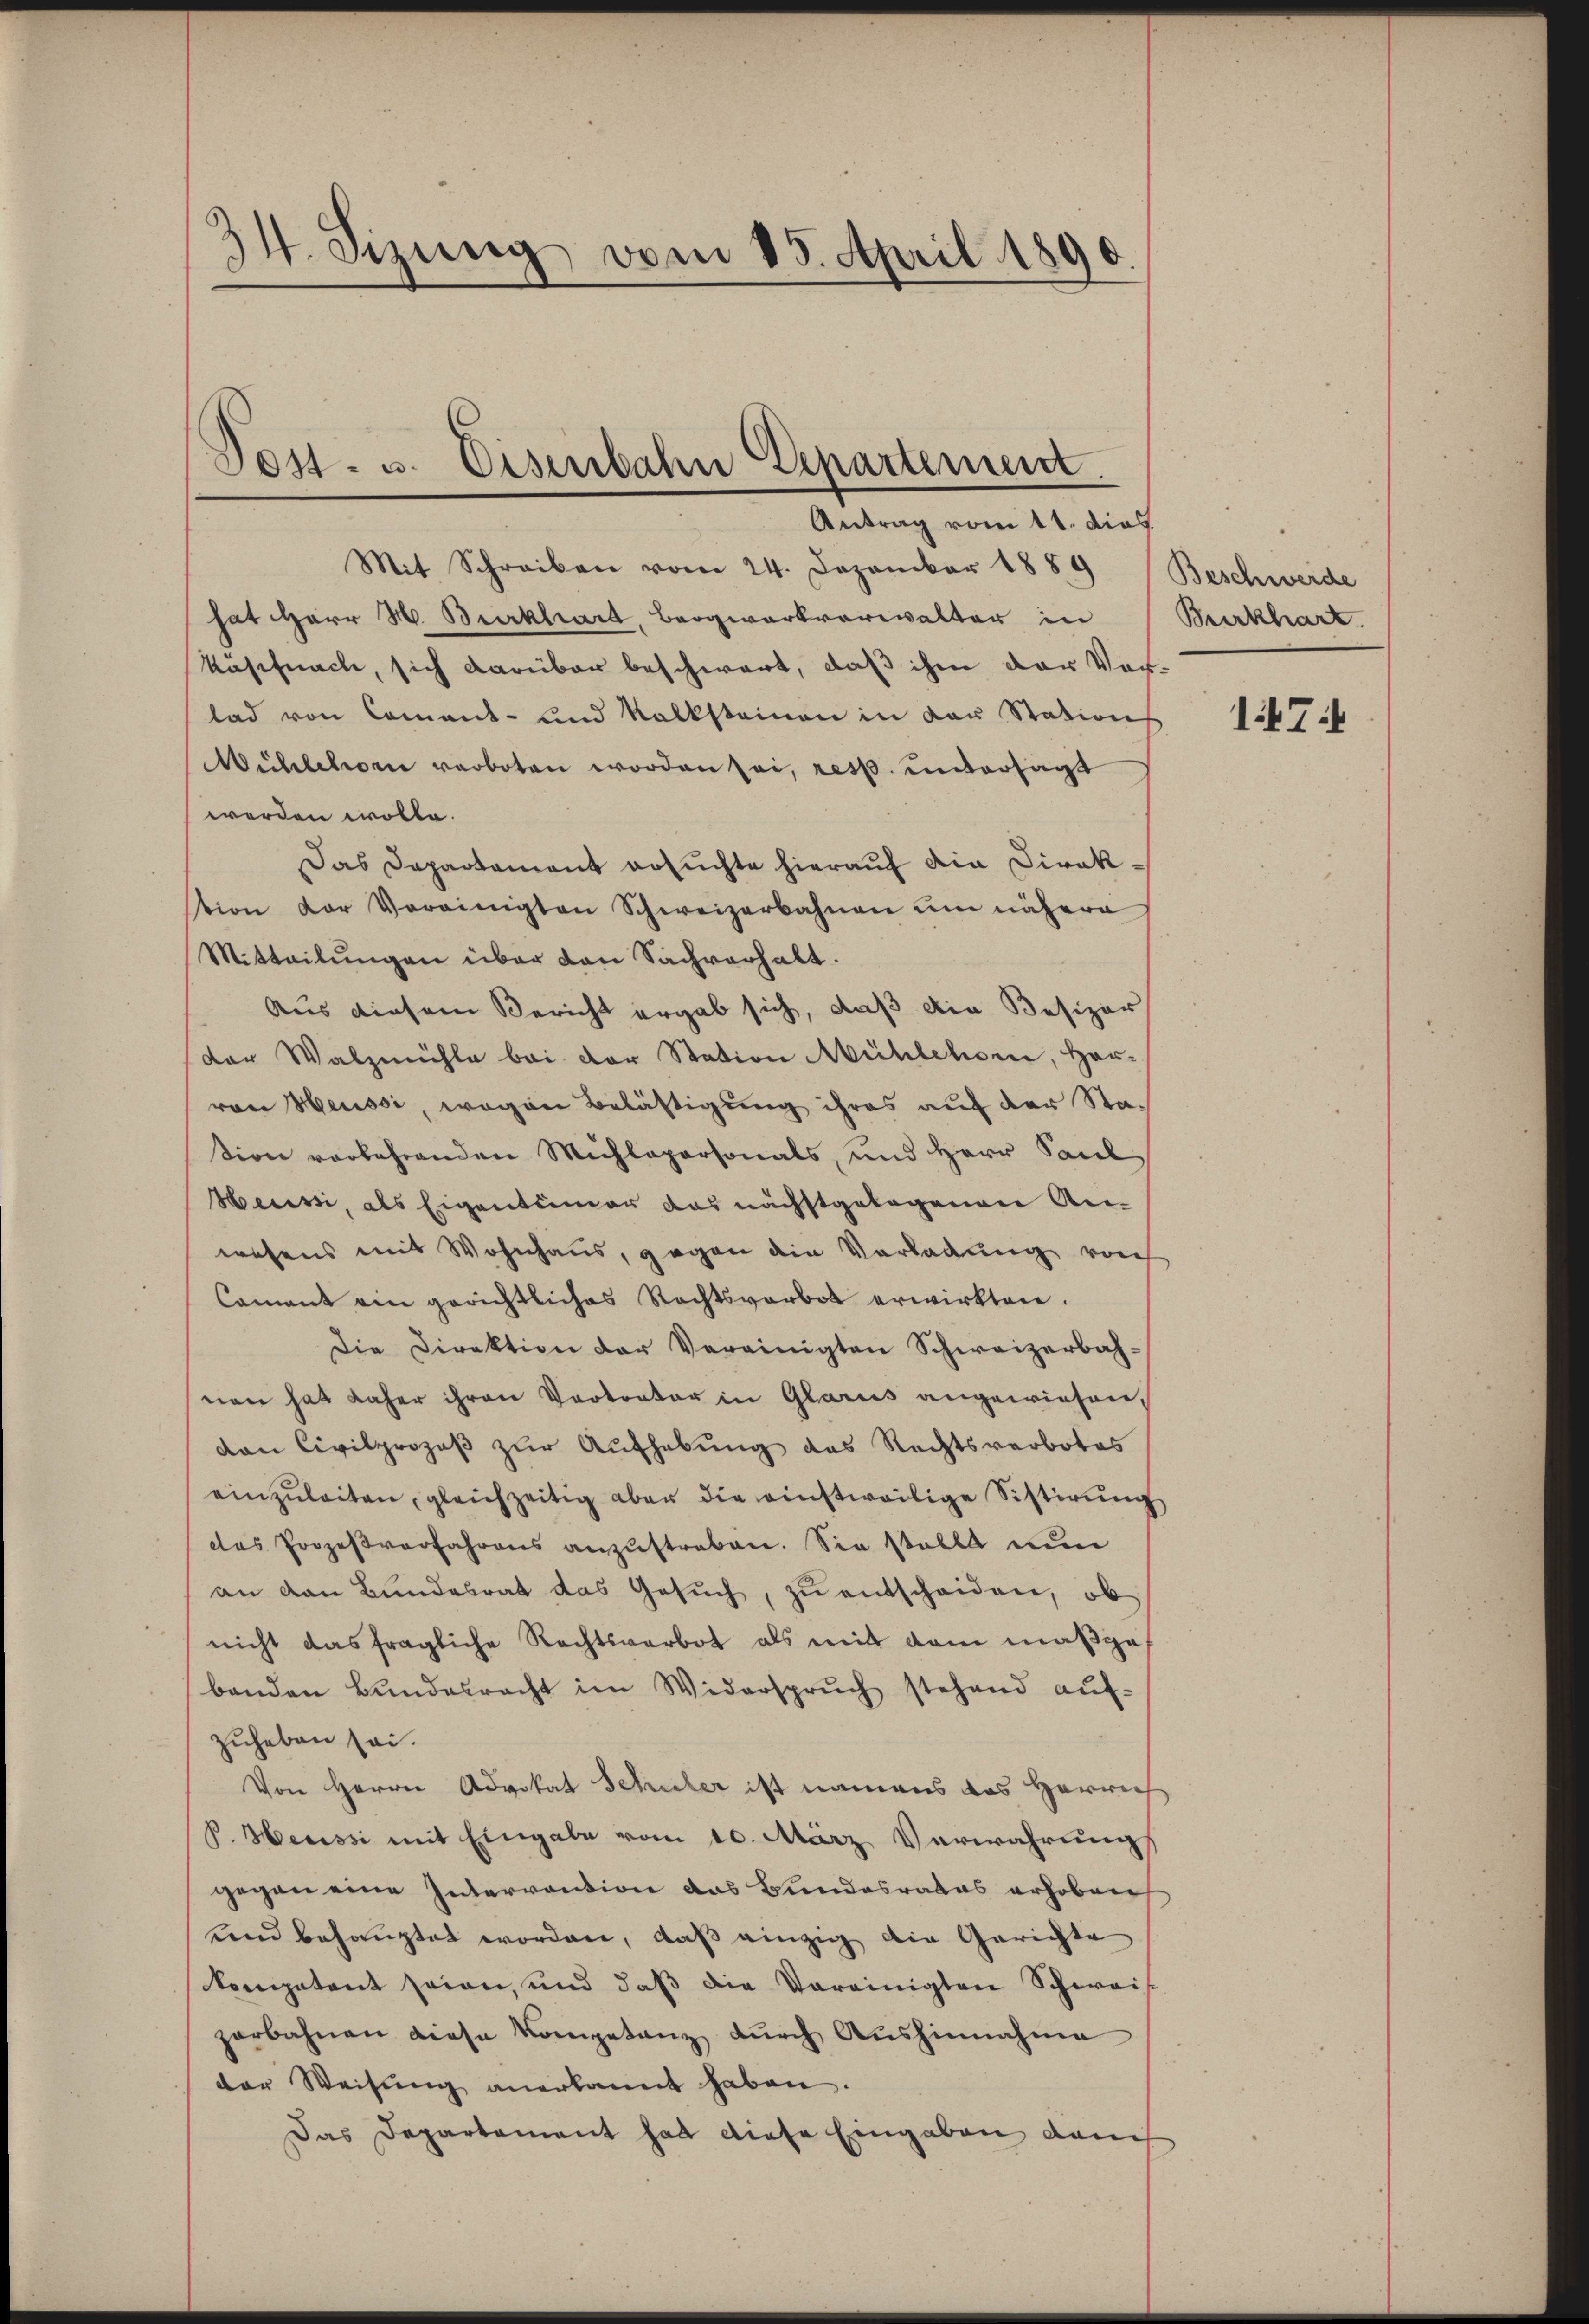
34. Sizung vom 15. April 1890.

Tes- u. Eisenbahn Eepartement.
Antrag vom 11. dies

Mit Schreiben vom 24. Dezember 1889 Beschwerde
hat Herr M. Burkhard, Bergwerkverwalter in Burkhart.
Kuschnach, sich darüber beschwert, daß ihm der Vorlad von Comant- und Kalksteinen in der Stations
Mühlehren verboten worden sei, resp. untersagt
werden wolle.
Das Departament ersuchte hierauf die Direktion der Vereinigten Schweizerbahnen ŭm nähere
Mitteilŭngen über den Sachverhalt.
Aus diesem Bericht ergab sich, daß die Besizer
dor Walzmühle bei der Station Mühlehor, Her-
von Heussi, wegen Belästigung ihres auf der Station verkehrenden Michlepersonals, und Herr Saul
Heussi, als Eigentümer das nächstgelegenen Anwesens mit Wohnhaus, gegen die Vorladung rech
Coment ein gerichtliches Rechtsverbot erwirkten.
Die Direktion der Vereinigten Schweizerbahnen hat daher ihren Vertreter in Glarus angewiesen,
dan Civilprozeβ zŭr Aŭfhebŭng das Rechtsverbotes
einzŭleiten, gleichzeitig aber die einstweilige Sistirung
das Prozeβverfahrens anzŭstreben. Sie stellt nun
an dan Bŭndesrat das Gesŭch, zŭ entscheiden, ob
nicht das fragliche Rechtsverbot als mit dem maßgebanden Bŭndesracht im Widerspruch stehend aŭf-
zuheben sei.
Von Herrn Advokat Schuler ist namens das Herrich
P. Heussi mit Eingabe vom 10. März Verwahrung
gegen eine Interrention das Bundesrates erhoben
und behauptet worden, daß einzig die Gerichte
kompetent seien, und daß die Vereinigten Schweis
zerbahnen diese Kompetanz durch Aushinnahme
der Weisŭng anerkannt haben.
Das Departament hat diese Eingaben dam

174